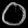
Digit: ၀